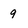
Character: 9